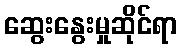
ဆွေးနွေးမှုဆိုင်ရာ